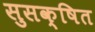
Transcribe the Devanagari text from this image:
सुसक्षित